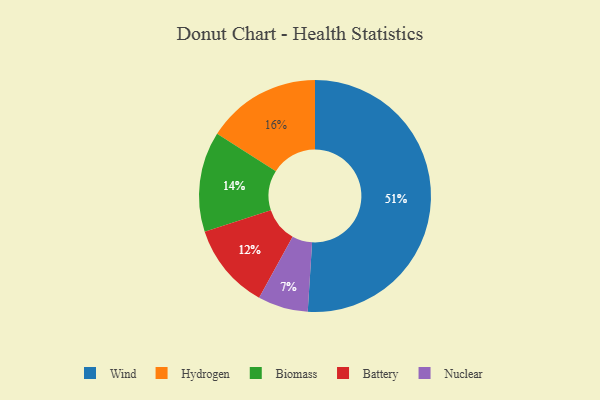
{"axis": {"x": "Category", "y": "Percentage"}, "legend": ["Battery", "Biomass", "Hydrogen", "Nuclear", "Wind"], "data": [{"x": "Hydrogen", "y": 16, "type": "Hydrogen"}, {"x": "Wind", "y": 51, "type": "Wind"}, {"x": "Biomass", "y": 14, "type": "Biomass"}, {"x": "Battery", "y": 12, "type": "Battery"}, {"x": "Nuclear", "y": 7, "type": "Nuclear"}]}